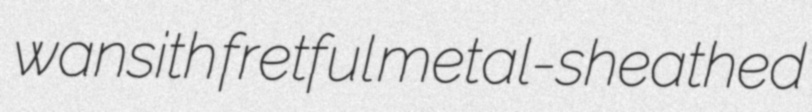
wansith fretful metal-sheathed